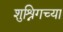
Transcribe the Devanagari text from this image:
शुश्निगच्या